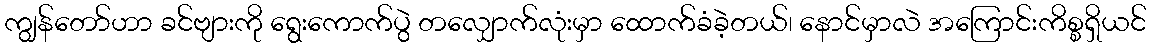
ကျွန်တော်ဟာ ခင်ဗျားကို ရွေးကောက်ပွဲ တလျှောက်လုံးမှာ ထောက်ခံခဲ့တယ်၊ နောင်မှာလဲ အကြောင်းကိစ္စရှိယင်